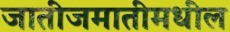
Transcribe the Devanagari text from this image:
जातीजमातीमधील